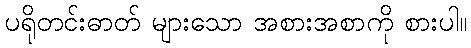
ပရိုတင်းဓာတ် များသော အစားအစာကို စားပါ။